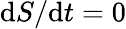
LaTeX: \mathrm{d}S/\mathrm{d}t=0